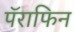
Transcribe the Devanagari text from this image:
पॅराफिन